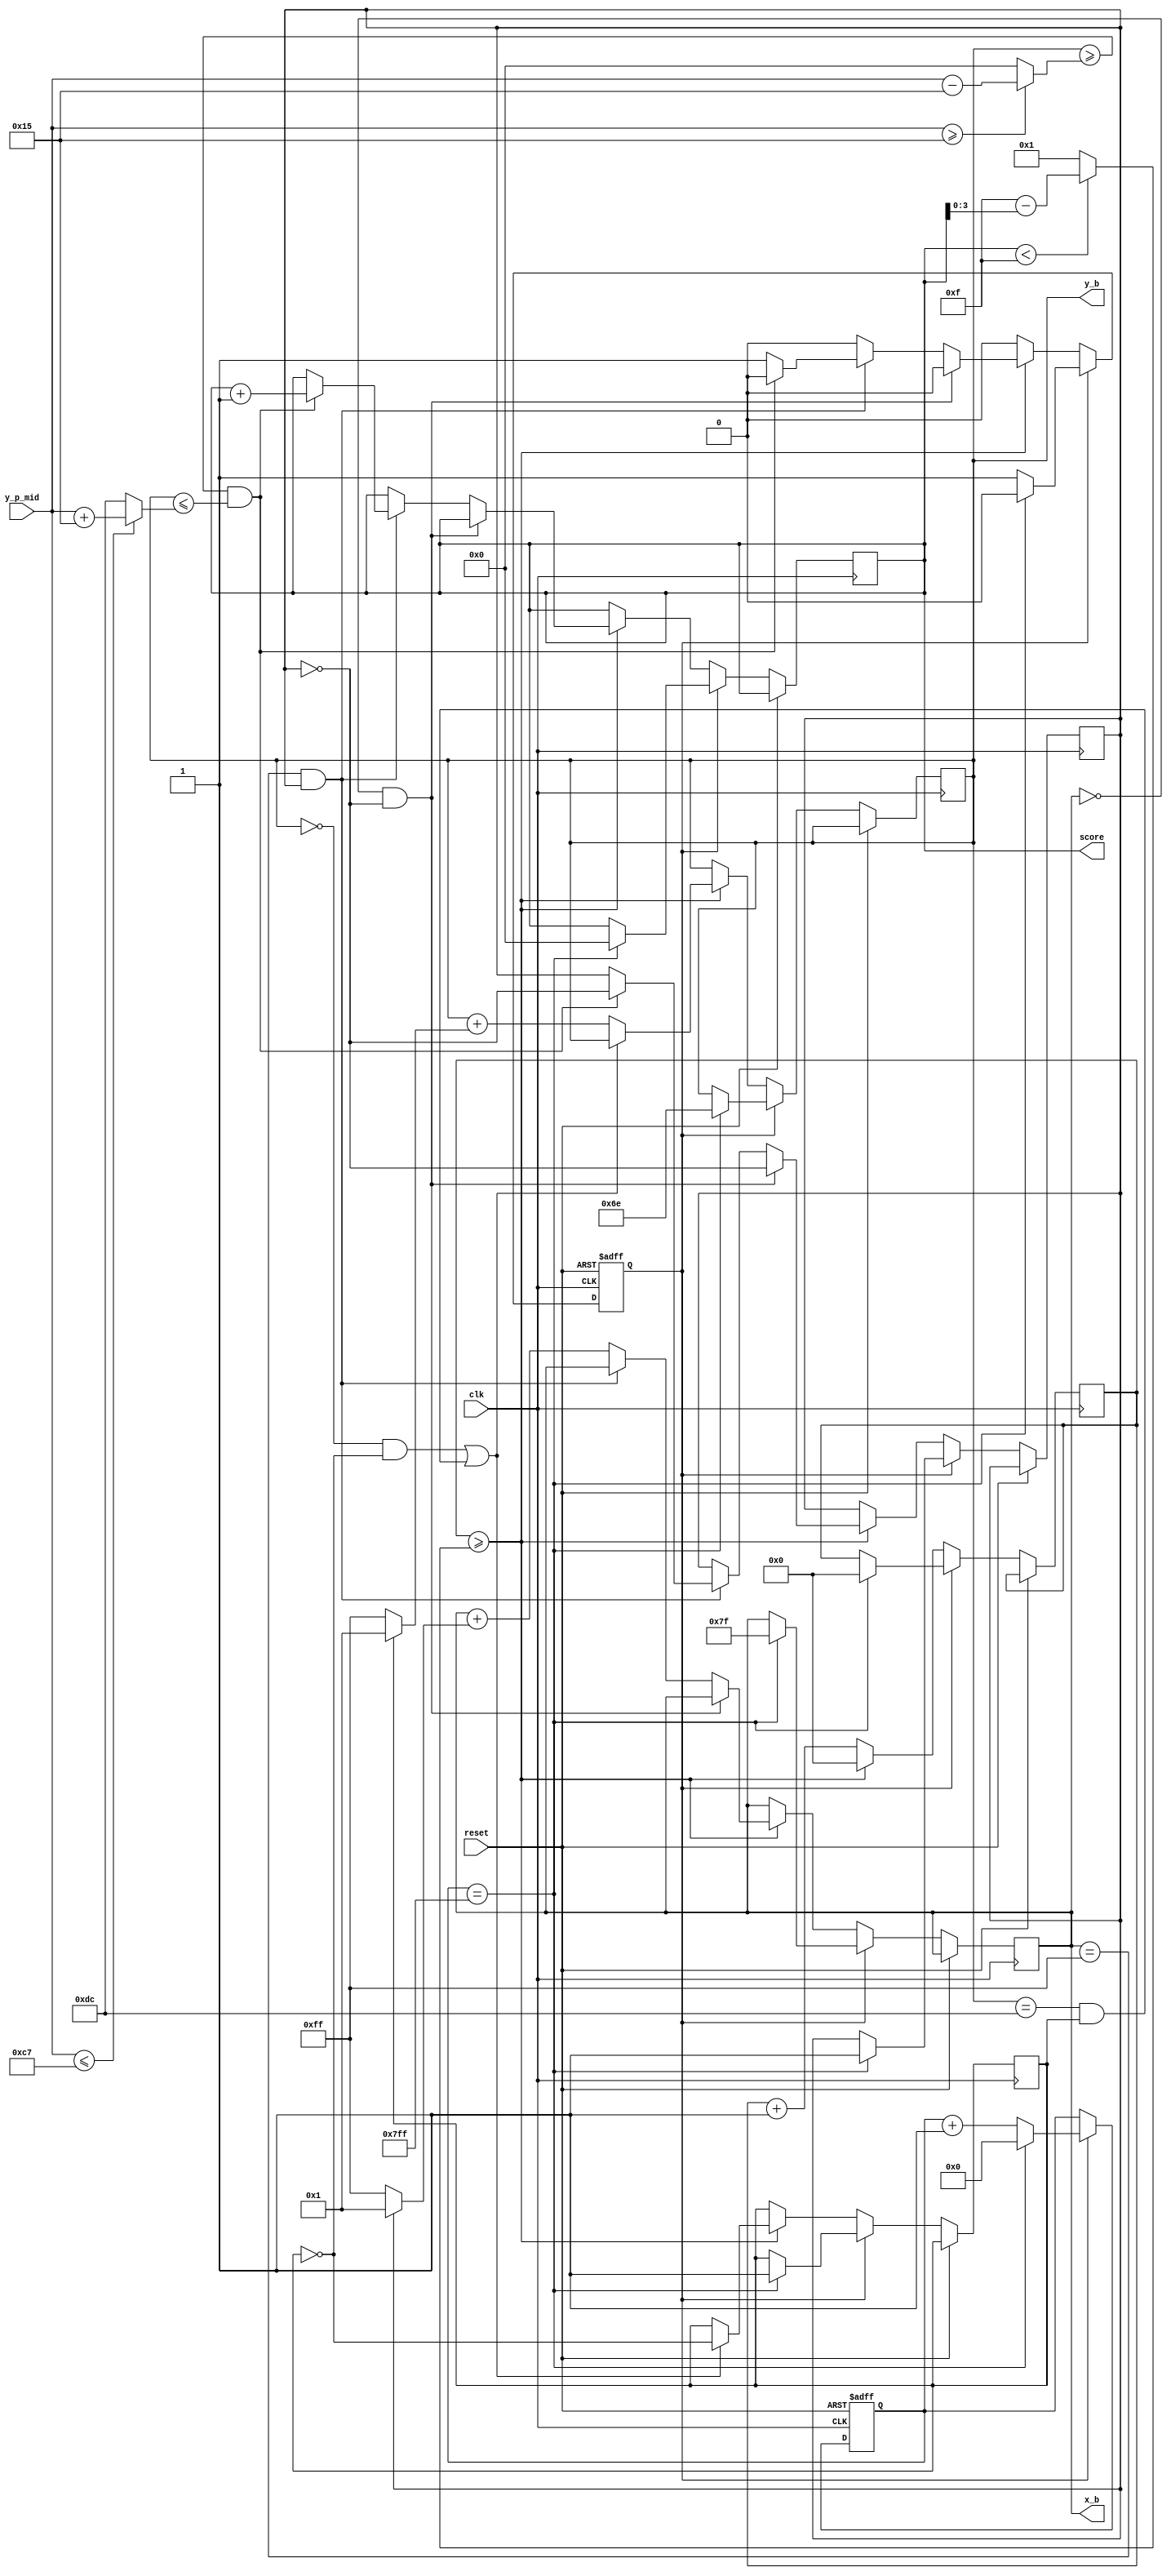
module game_ctr(
         clk, reset, y_p_mid, x_b, y_b, score
       );
input clk;
input reset;
input [7:0] y_p_mid;
output reg [7:0] x_b;
output reg [7:0] y_b;
output reg [7:0] score;

parameter X_MAX = 255;
parameter Y_MAX = 220;
parameter PLATE_HALFWIDTH = 21;

// the lower, the harder
wire [3:0] cycle_between_step;
assign cycle_between_step = score < 8'd15 ? 4'd15 - score[3:0] : 4'd1;
reg [3:0] counter;

// plate range
wire [7:0] y_p_max;
wire [7:0] y_p_min;
assign y_p_max = y_p_mid <= Y_MAX - PLATE_HALFWIDTH ? y_p_mid + PLATE_HALFWIDTH : Y_MAX;
assign y_p_min = y_p_mid >= PLATE_HALFWIDTH ? y_p_mid- PLATE_HALFWIDTH : 0;

// v_x, v_y: 0-left/down, 1-right/up
reg v_x;
reg v_y;

reg gameover;
reg [10:0] tick;

always @ (posedge clk or posedge reset)
  begin
    if (reset)
      begin
        tick <= 0;
        gameover <= 1;
      end
    else if (gameover)
      begin
        if (tick == 11'd2047)
          begin
            gameover <= 0;
            x_b <= X_MAX / 2;
            y_b <= Y_MAX / 2;
            v_x <= 1;
            v_y <= 1;
            counter <= 0;
            score <= 8'd0;
            tick <= 0;
          end
        else
          tick <= tick + 1;
      end
    else
      begin
        if (counter >= cycle_between_step)
          begin
            counter <= 0;
            if ((y_b == 0 && ~v_y) || (y_b == Y_MAX && v_y))
              // reach top or bottom
              v_y <= ~v_y;
            else
              y_b <= y_b + (v_y ? 1 : -1);

            if (x_b == 0 && ~v_x)
              // reach left boarder
              v_x <= ~v_x;
            else if (x_b == X_MAX && v_x)
              begin
                if (y_b >= y_p_min && y_b <= y_p_max)
                  begin
                    // hit
                    score <= score + 1;
                    v_x <= ~v_x;
                  end
                else
                  // miss
                  gameover <= 1;
              end
            else
              x_b <= x_b + (v_x ? 1 : -1);
          end
        else
          counter <= counter + 1;
      end
  end

endmodule